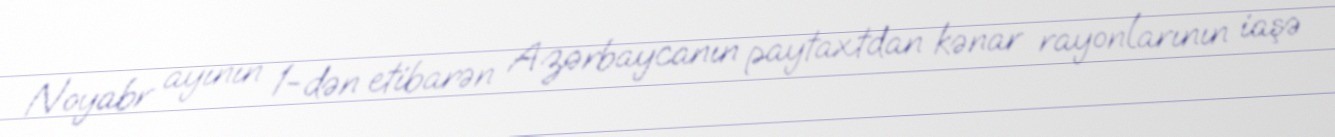
Noyabr ayının 1-dən etibarən Azərbaycanın paytaxtdan kənar rayonlarının iaşə